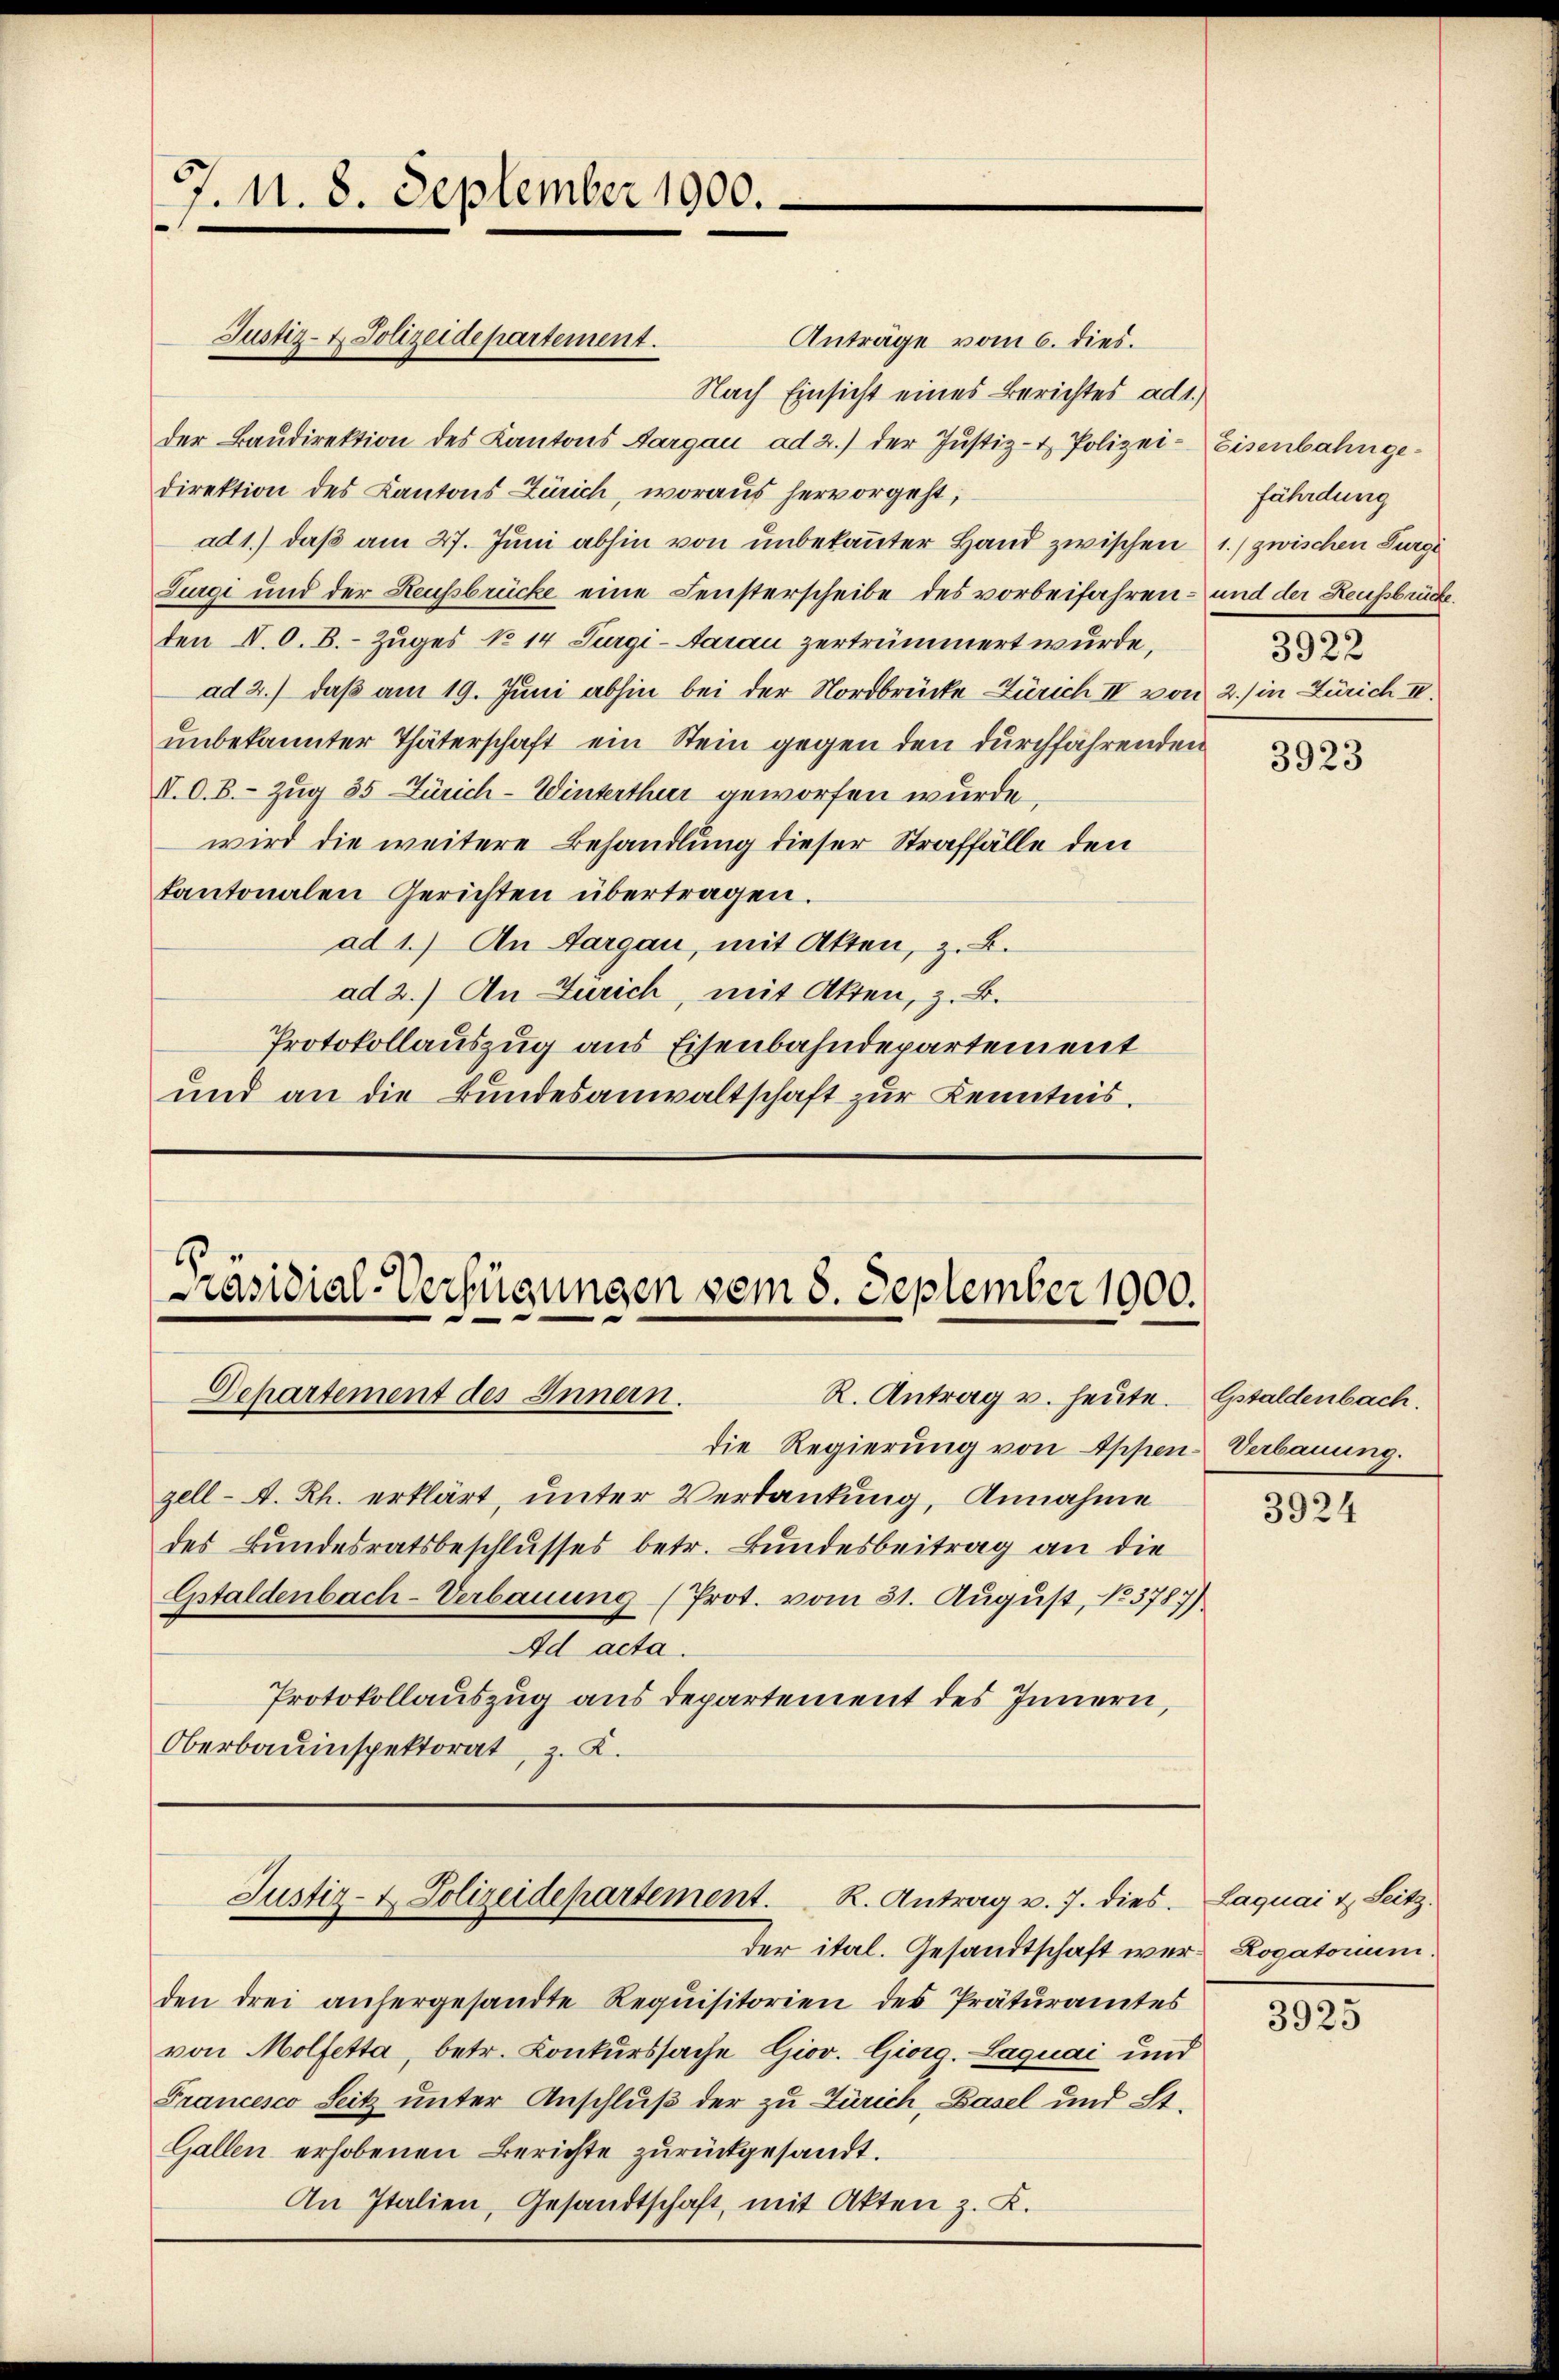
J. N. 8. September 1900.

Justiz- & Polizeidepartement.

Anträge vom 6. dies.
Nach Einsicht eines Berichtes ad 1.)
der Baŭdirektion des Kantons Aargau ad 2.) der Justiz- & Polizei- Eisenbahngedirektion des Kantons Zürich, woraus hervorgeht,
ad 1.) daß am 27. Juni abhin von unbekannter Hand zwischen 1.) zwischen Furgi
Zurgi und der Heufsbrücke eine Fensterscheibe des vorbeifahren- und der Reußbrücke
den N. O. B. Zuges No 14 Furgi-Aarau zertrümmert wurde,
ad 2.) daß am 19. Juni abhin bei der Nordbrücke Zürich II von 2. in Zürich III.
unbekannter Thäterschaft ein Stein gegen den durchführenden
I. O. B. - Zug 35 Zürich-Winterthur geworfen wurde
wird die weitere Behandlung dieser Straffälle den
kantonalen Gerichten übertragen.
ad 1.) An Aargau, mit Akten, z. B.
ad 2.) An Zürich, mit Akten, z. B.
Protokollauszug aus Eisenbahndepartement
und an die Bundesanwaltschaft zur Kenntnis.

1
Präsidial-Verfügungen vom 8. September 1900.
Departement des Innern.
R. Antrag u. heute. Gstaldenbach.

die Regierung von Appen Verbauung.
zell A. Rh. erklärt, unter Verdankung, Annahme
des Bundesratsbeschlusses betr. Bundesbeitrag an die
Gstaldenbach-Verbauung (Prot. vom 31. August, No 3787)
Ad acta.
Protokollauszug aus departement des Innern,
Oberbauinspektorat, z. K.

der ital. Gesandtschaft wer- Rogatorium.
den drei anhergesandte Requisitorien des Präturamtes
von Molfetta, betr. Conkurssache Giov. Giorg. Laquai und
Francesco Seitz unter Anschluß der zu Zürich, Basel und St.
Gallen erhobenen Berichte zurückgesandt.
An Italien, Gesandtschaft, mit Akten z. B.

Justiz- & Polizeidepartement.   K. Antrag u. 7. dies

fährdung
3922

3923

3924

Laquai & Seitz.

3925